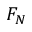
F _ { N }